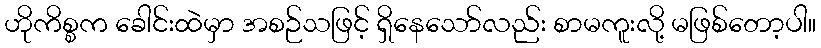
ဟိုကိစ္စက ခေါင်းထဲမှာ အစဉ်သဖြင့် ရှိနေသော်လည်း စာမကူးလို့ မဖြစ်တော့ပါ။